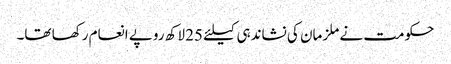
حکومت نے ملزمان کی نشاندہی کیلئے 25 لاکھ روپے انعام رکھا تھا۔